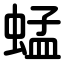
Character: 蜢